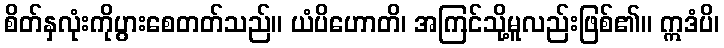
စိတ်နှလုံးကိုပွားစေတတ်သည်။ ယံပိဟောတိ၊ အကြင်သို့မူလည်းဖြစ်၏။ ဣဒံပိ၊